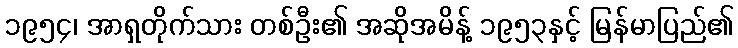
၁၉၅၄၊ အာရှတိုက်သား တစ်ဦး၏ အဆိုအမိန့် ၁၉၅၃နှင့် မြန်မာပြည်၏